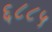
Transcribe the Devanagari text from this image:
६८८५